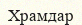
Храмдар